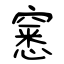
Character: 窸